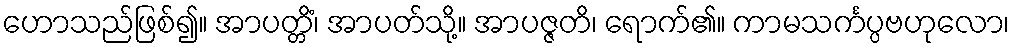
ဟောသည်ဖြစ်၍။ အာပတ္တိံ၊ အာပတ်သို့။ အာပဇ္ဇတိ၊ ရောက်၏။ ကာမသင်္ကပ္ပဗဟုလော၊